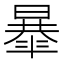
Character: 𣊴